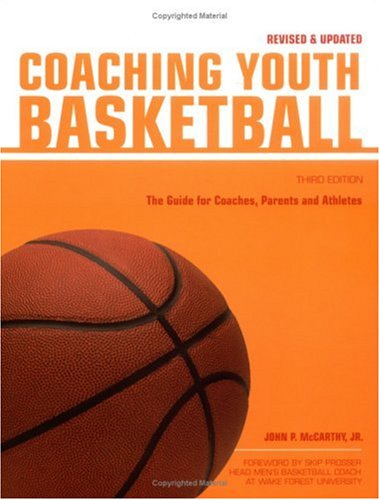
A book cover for Coaching Youth Basketball: The Guide for Coaches & Parents (Betterway Coaching Kids); John Mccarthy  Jr.; Sports & Outdoors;